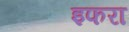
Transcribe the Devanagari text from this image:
इफरा